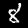
Label: 8